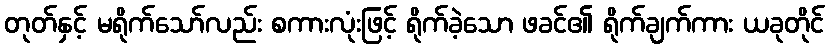
တုတ်နှင့် မရိုက်သော်လည်း စကားလုံးဖြင့် ရိုက်ခဲ့သော ဖခင်၏ ရိုက်ချက်ကား ယခုတိုင်